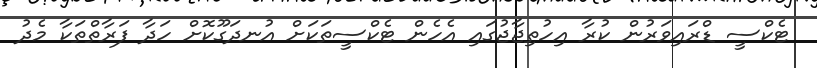
ޓެކްސީ ޑްރައިވަރުން ކުރާ އިހުތިޖާޖުގައި އެހެން ޓެކްސީތަކަށް އުނދަގޫކޮށް ހަދާ ފަރާތްތަކާ މެދު